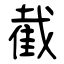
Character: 截